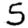
Digit: 5